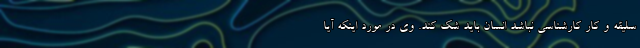
سلیقه و کار کارشناسی نباشد انسان باید شک کند. وی در مورد اینکه آیا